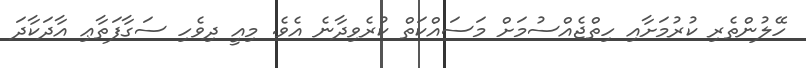
ހޭލުންތެރި ކުރުމަށާއި ހިތްޖެއްސުމަށް މަސައްކަތް ކުރެވިދާނެ އެވެ. މިއީ ދިވެހި ސަގާފަތާޢި އާދަކާދަ